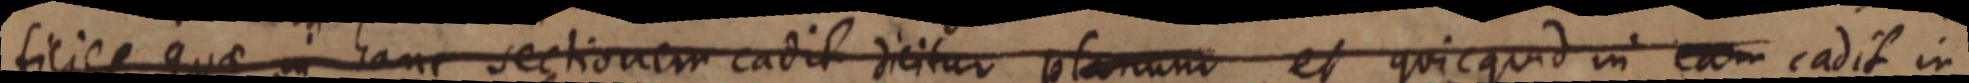
ficies quae in hanc sectionem cadit dicitur planum et quicquid in eam cadit in